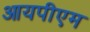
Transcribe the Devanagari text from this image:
आयपीएम